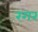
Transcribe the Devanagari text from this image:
रगर